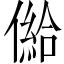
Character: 𠎨